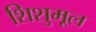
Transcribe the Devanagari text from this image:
शिशुमूल